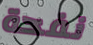
نفحة